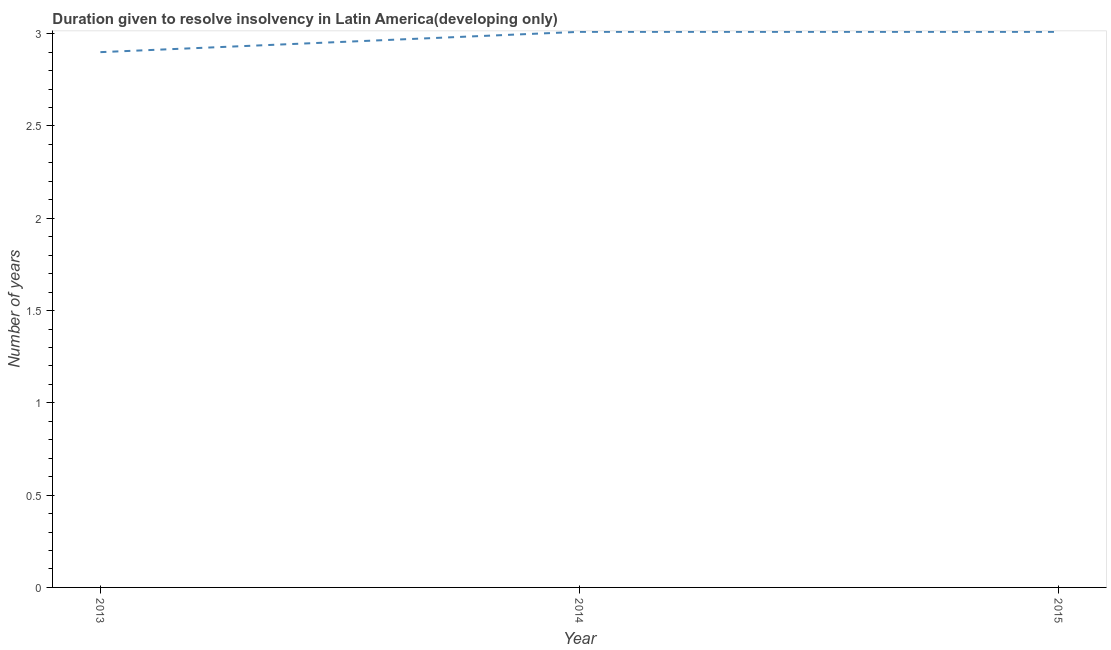
| Year | Resolve insolvency |
 | --- | --- |
 | 2013 | 2.9 |
 | 2014 | 3.01 |
 | 2015 | 3.01 |